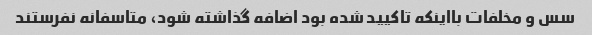
سس و مخلفات بااینکه تاکیید شده بود اضافه گذاشته شود، متاسفانه نفرستند